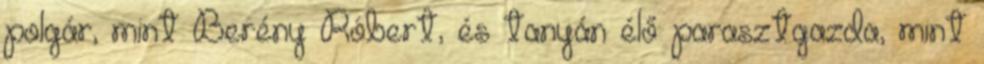
polgár, mint Berény Róbert, és tanyán élő parasztgazda, mint